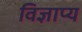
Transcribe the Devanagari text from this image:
विज्ञाप्य